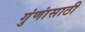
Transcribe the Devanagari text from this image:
गुंणांसाठी